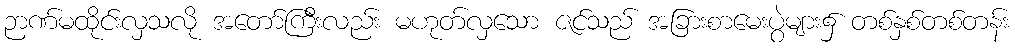
ဉာဏ်မထိုင်းလှသလို အတော်ကြီးလည်း မဟုတ်လှသော ဇင်သည် အခြားစာမေးပွဲများ၌ တစ်နှစ်တစ်တန်း